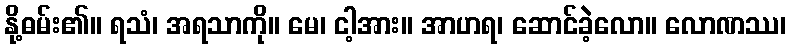
နို့ဓမ်း၏။ ရသံ၊ အရသာကို။ မေ၊ ငါ့အား။ အာဟရ၊ ဆောင်ခဲ့လော။ လောဏဿ၊